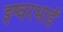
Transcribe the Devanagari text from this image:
इश्वरभाई